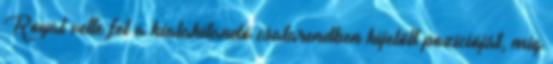
Royal vette fel a kialakítandó csatarendben kijelölt pozícióját, míg